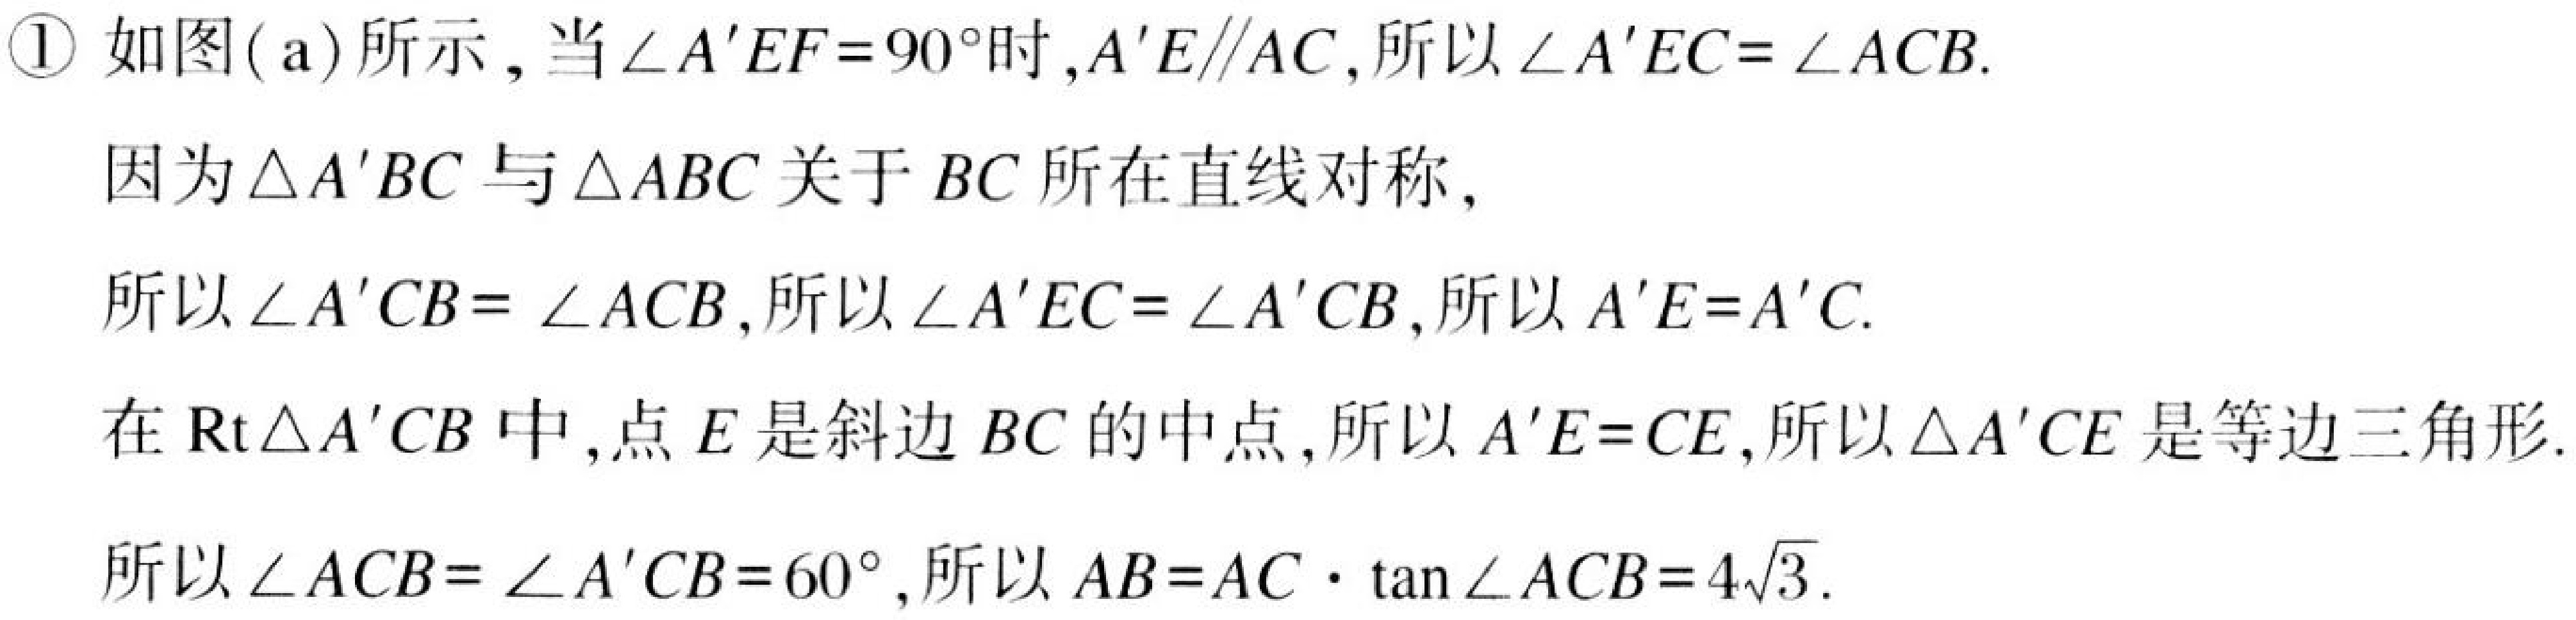
\textcircled{1} 如图( a)所示，当\(\angle A'EF = 90^{\circ}\)时，\(A'E\parallel AC\)，所以\(\angle A'EC=\angle ACB\).
因为\(\triangle A'BC\)与\(\triangle ABC\)关于\(BC\)所在直线对称，
所以\(\angle A'CB = \angle ACB\)，所以\(\angle A'EC=\angle A'CB\)，所以\(A'E = A'C\).
在\(\text{Rt}\triangle A'CB\)中，点\(E\)是斜边\(BC\)的中点，所以\(A'E = CE\)，所以\(\triangle A'CE\)是等边三角形.
所以\(\angle ACB=\angle A'CB = 60^{\circ}\)，所以\(AB = AC\cdot\tan\angle ACB = 4\sqrt{3}\).